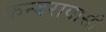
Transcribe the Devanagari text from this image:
कन्दरावासी